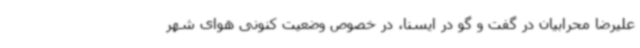
علیرضا محرابیان در گفت و گو در ایسنا، در خصوص وضعیت کنونی هوای شهر